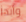
وأبدأ